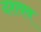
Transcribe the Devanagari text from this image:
दशवव